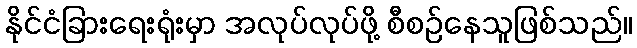
နိုင်ငံခြားရေးရုံးမှာ အလုပ်လုပ်ဖို့ စီစဉ်နေသူဖြစ်သည်။